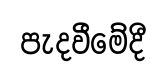
පැදවීමේදී